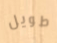
طويل